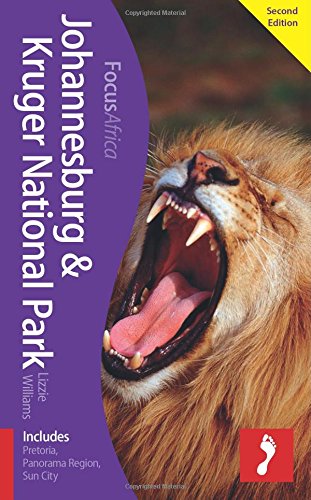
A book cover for Johannesburg & Kruger National Park Focus Guide (Footprint Focus); Lizzie Williams; Travel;